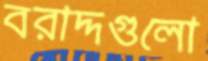
বরাদ্দগুলো